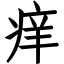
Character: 痒